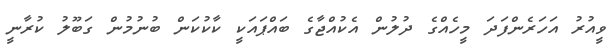
ވީއުރު އަހަރެންފަދަ މީހެއްގެ ދުލުން އެކުއްޖާގެ ބައްޕައަކީ ކާކުކަން ބުނުމުން ގަބޫލު ކުރާނީ